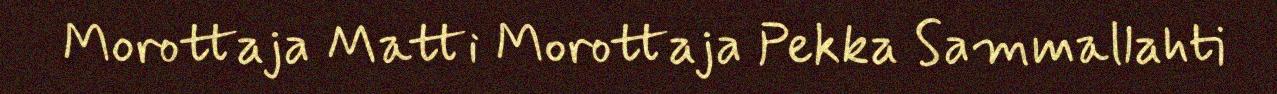
Morottaja Matti Morottaja Pekka Sammallahti